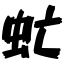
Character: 虻